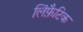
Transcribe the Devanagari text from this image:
लिंफ़ैटिक